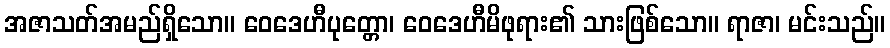
အဇာသတ်အမည်ရှိသော။ ဝေဒေဟီပုတ္တော၊ ဝေဒေဟီမိဖုရား၏ သားဖြစ်သော။ ရာဇာ၊ မင်းသည်။